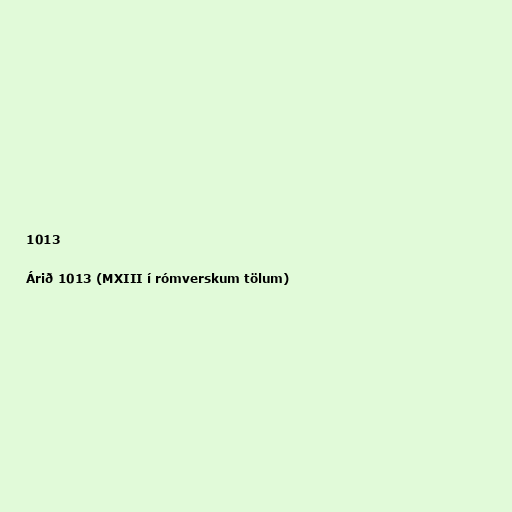
1013

Árið 1013 (MXIII í rómverskum tölum)